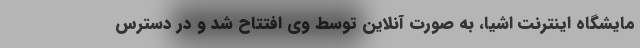
مایشگاه اینترنت اشیا، به صورت آنلاین توسط وی افتتاح شد و در دسترس